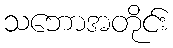
သဘောအတိုင်း